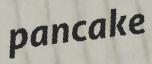
pancake